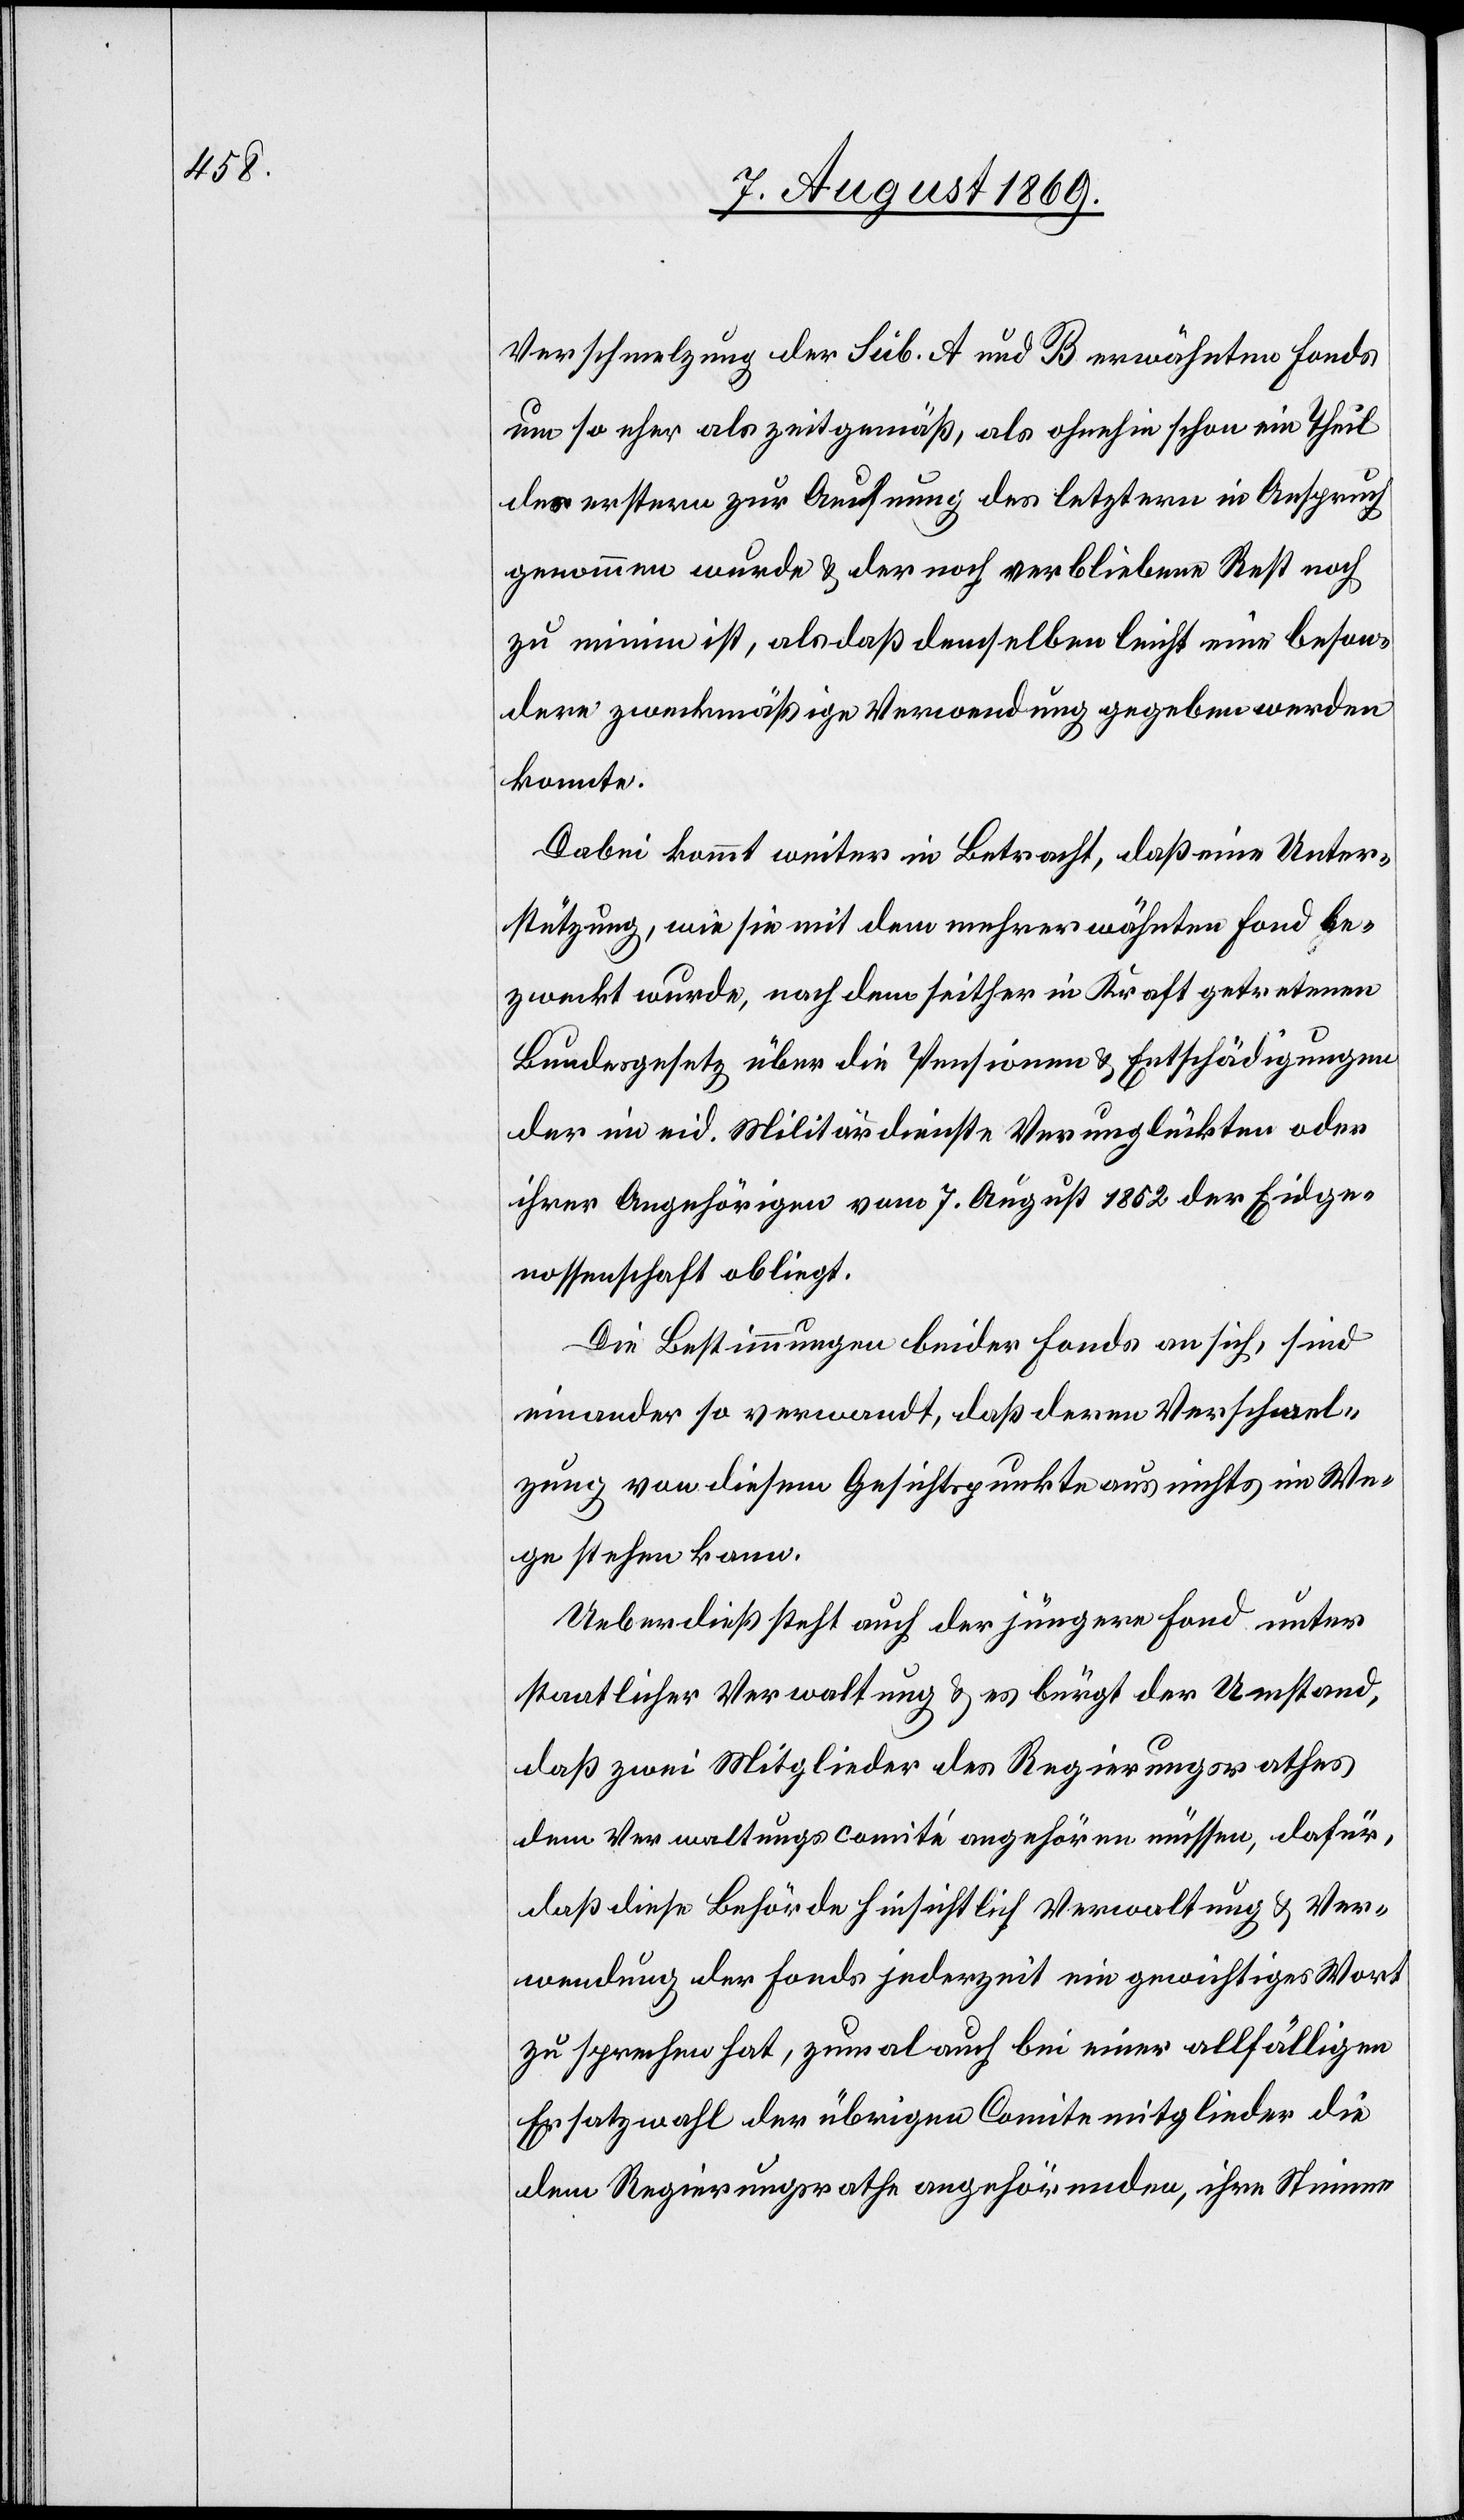
Verschmelzung der Sub. A und B erwähnten Fonds
um so eher als zeitgemäß, als ohnehin schon ein Theil
der erstern zur Aeufnung des letztern in Anspruch
genommen wurde & der noch verbliebene Rest noch
zu minim ist, als daß demselben leicht eine beson¬
dere zweckmäßige Verwendung gegeben werden
konnte.
Dabei kommt weiter in Betracht, daß eine Unter¬
stützung, wie sie mit dem mehrerwähnten Fond be¬
zweckt wurde, nach dem seither in Kraft getretenen
Bundesgesetz über die Pensionen & Entschädigungen
der im eid. Militärdienste Verunglückten oder
ihrer Angehörigen vom 7. August 1852 der Eidge¬
nossenschaft obliegt.
Die Bestimmungen beider Fonds an sich, sind
einander so verwandt, daß deren Verschmel¬
zung von diesem Gesichtspunkte aus nichts im We¬
ge stehen kann.
Ueberdieß steht auch der jüngere Fond unter
staatlicher Verwaltung & es bürgt der Umstand,
daß zwei Mitglieder des Regierungsrathes
dem Verwaltungscomité angehören müssen, dafür,
daß diese Behörde hinsichtlich Verwaltung & Ver¬
wendung der Fonds jederzeit ein gewichtiges Wort
zu sprechen hat, zumal auch bei einer allfälligen
Ersatzwahl der übrigen Comitemitglieder die
dem Regierungsrathe angehörenden [sic!], ihre Stimme